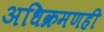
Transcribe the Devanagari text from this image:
अधिक्रमणही